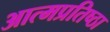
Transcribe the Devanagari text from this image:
आत्मप्रतिष्ठा